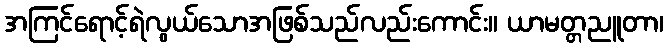
အကြင်ရောင့်ရဲလွယ်သောအဖြစ်သည်လည်းကောင်း။ ယာမတ္တညူတာ၊